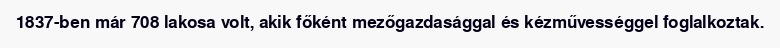
1837-ben már 708 lakosa volt, akik főként mezőgazdasággal és kézművességgel foglalkoztak.